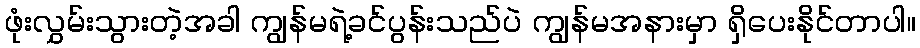
ဖုံးလွှမ်းသွားတဲ့အခါ ကျွန်မရဲ့ခင်ပွန်းသည်ပဲ ကျွန်မအနားမှာ ရှိပေးနိုင်တာပါ။